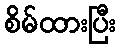
စိမ်ထားပြီး